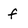
Character: f